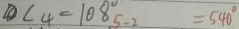
\textcircled { 1 } \angle 4 = 1 0 8 ^ { \circ } _ { 5 - 2 } = 5 4 0 ^ { \circ }